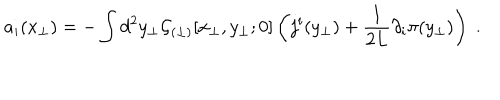
a _ { i } ( x _ { \perp } ) = - \int d ^ { 2 } y _ { \perp } { \cal G } _ { ( \perp ) } [ x _ { \perp } , y _ { \perp } ; 0 ] \left( j ^ { i } ( y _ { \perp } ) + \frac { 1 } { 2 L } \partial _ { i } \pi ( y _ { \perp } ) \right) \; .